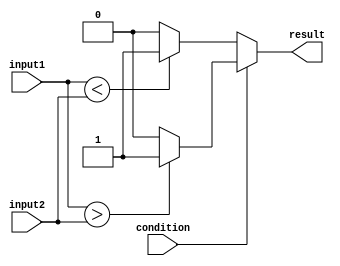
module If_Else_Block (
    input wire condition,
    input wire input1,
    input wire input2,
    output reg result
);

always @ (*)
begin
    if (condition)
    begin
        // If block
        if (input1 > input2)
            result = 1;
        else
            result = 0;
    end
    else
    begin
        // Else block
        if (input1 < input2)
            result = 1;
        else
            result = 0;
    end
end

endmodule